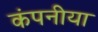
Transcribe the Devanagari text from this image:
कंपनीया